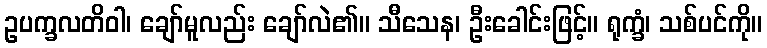
ဥပက္ခလတိဝါ၊ ချော်မူလည်း ချော်လဲ၏။ သီသေန၊ ဦးခေါင်းဖြင့်။ ရုက္ခံ၊ သစ်ပင်ကို။